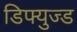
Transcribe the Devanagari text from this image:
डिफ्युज्ड